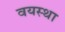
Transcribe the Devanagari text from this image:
वयस्था